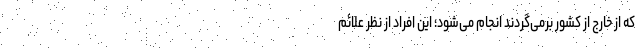
که از خارج از کشور برمی‌گردند انجام می‌شود؛ این افراد از نظر علائم